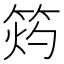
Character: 𥭓